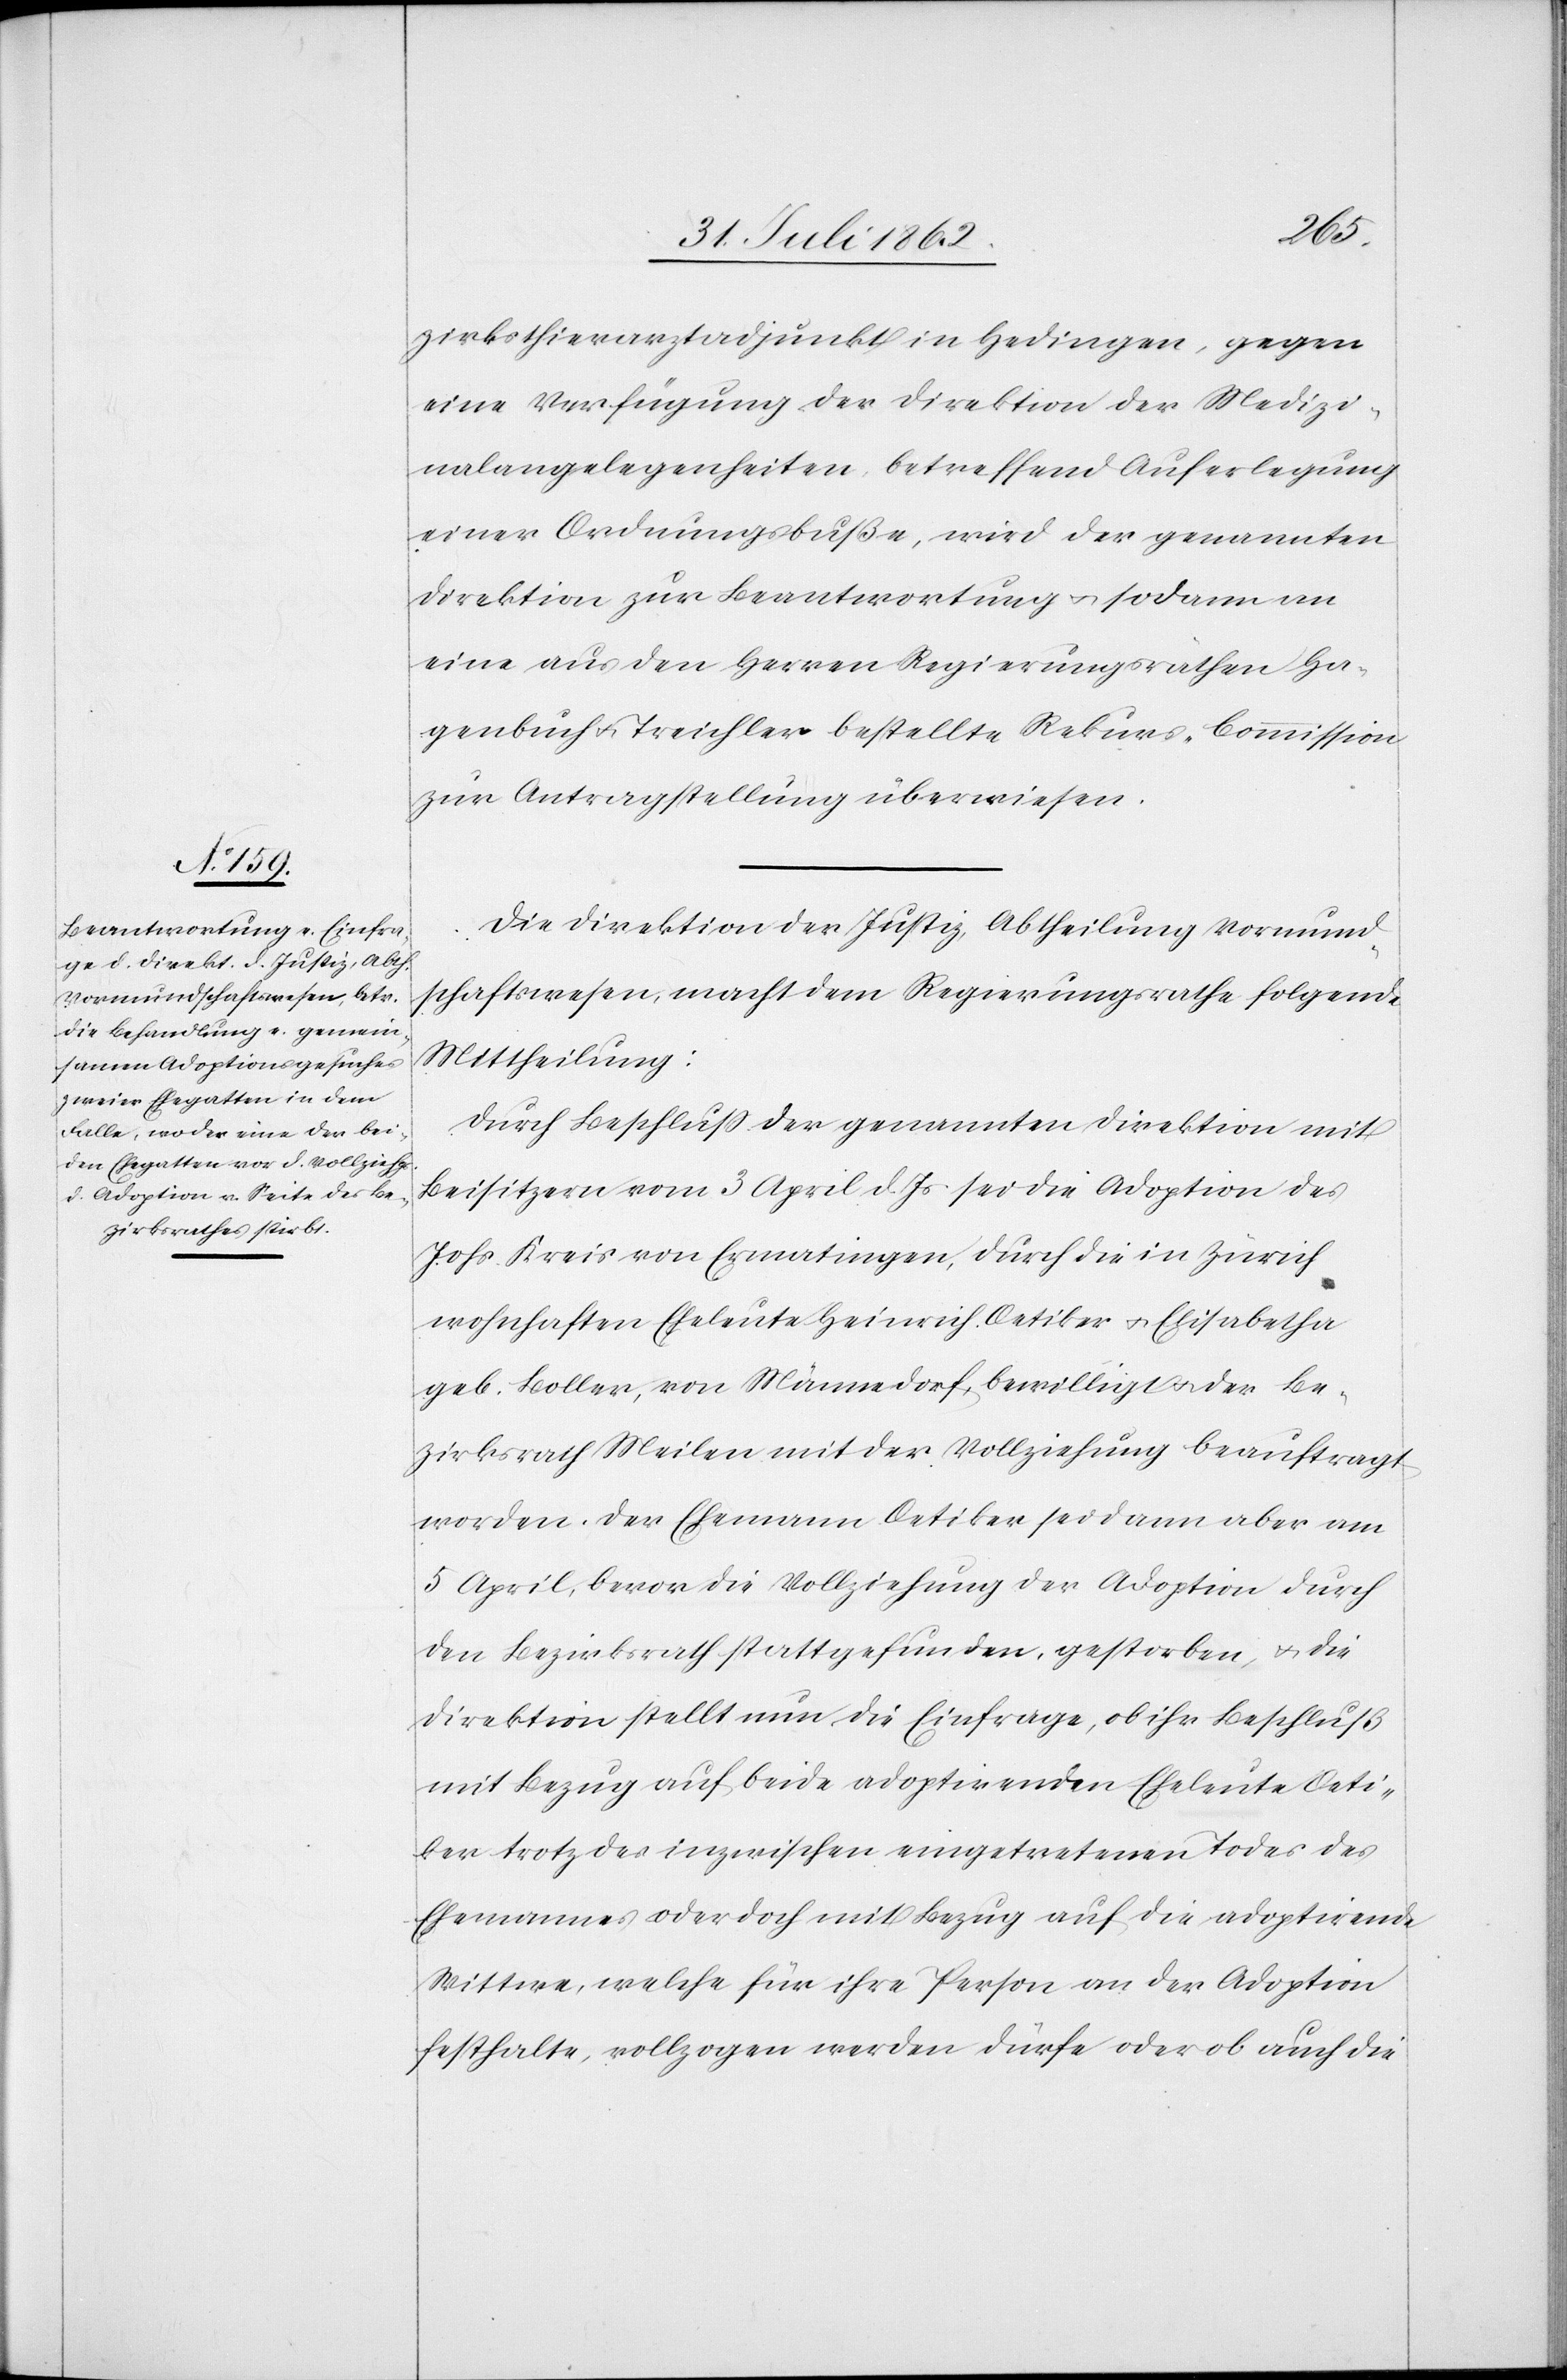
die
zirksthierarztadjunkt in Hedingen, gegen
eine Verfügung der Direktion der Medizi¬
nalangelegenheiten, betreffend Auferlegung
einer Ordnungsbuße, wird der genannten
Direktion zur Beantwortung u. sodann an
eine aus den Herren Regierungsräthen Ha¬
genbuch u. Treichler bestellte Rekurs-Commission
zur Antragstellung überwiesen.
Die Direktion der Justiz, Abtheilung Vormund¬
schaftswesen, macht dem Regierungsrathe folgende
Mittheilung:
Durch Beschluß der genannten Direktion mit
Beisitzern vom 3. April sei die Adoption des Johs. Kreis
wohnhaften Eheleute Heinrich Oetiker u. Elisabetha
geb. Boller, von Männedorf, bewilligt u. der Be¬
zirksrath Meilen mit der Vollziehung beauftragt
worden. Der Ehemann Oetiker sei dann aber am
5. April, bevor die Vollziehung der Adoption durch
den Bezirksrath stattgefunden, gestorben, u. die
Direktion stellt nun die Einfrage, ob ihr Beschluß
mit Bezug auf beide adoptirenden Eheleute Oeti¬
ker trotz des inzwischen eingetretenen Todes des
Ehemannes oder doch mit Bezug auf die adoptirende
Wittwe, welche für ihre Person an der Adoption
festhalte, vollzogen werden dürfe oder ob auch die